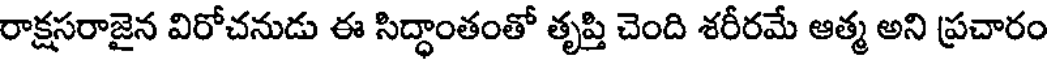
రాక్షసరాజైన విరోచనుడు ఈ సిద్ధాంతంతో తృప్తి చెంది శరీరమే ఆత్మ అని ప్రచారం